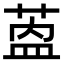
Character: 𬝎